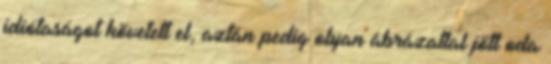
idiótaságot követett el, aztán pedig olyan ábrázattal jött oda